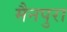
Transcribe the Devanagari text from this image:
मैनपुरा